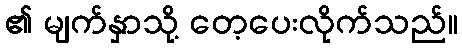
၏ မျက်နှာသို့ တေ့ပေးလိုက်သည်။